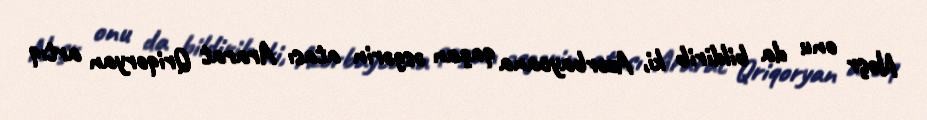
Nəşr onu da bildirib ki, Azərbaycana qaçan əsgərin atası Ararat Qriqoryan artıq